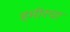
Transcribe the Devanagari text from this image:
हमीरचा